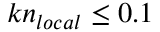
k n _ { l o c a l } \leq 0 . 1